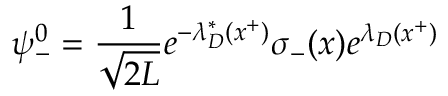
\psi _ { - } ^ { 0 } = { \frac { 1 } { \sqrt { 2 L } } } e ^ { - \lambda _ { D } ^ { * } ( x ^ { + } ) } \sigma _ { - } ( x ) e ^ { \lambda _ { D } ( x ^ { + } ) }